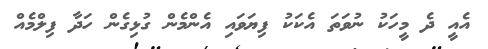
އެއީ ދެ މީހަކު ނުވަތަ އެކަކު ފިޔަވައި އެންމެން ގުޅިގެން ހަދާ ފިލްމެއް